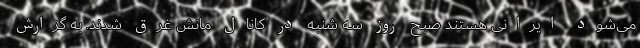
می‌شود ایرانی هستند صبح روز سه شنبه در کانال مانش غرق شدند. به گزارش